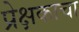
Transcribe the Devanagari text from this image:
प्रेक्षकाचा